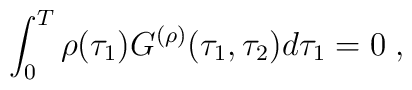
\int_0^T\rho(\tau_1)G^{(\rho)}(\tau_1,\tau_2)d\tau_1=0\;,